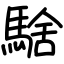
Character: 騇